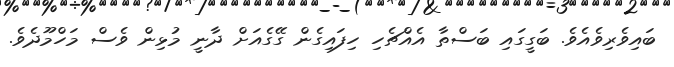
ބައިވެރިވެއެވެ. ބަގީގައި ބަސްތާ އެއްޗެހި ހިފައިގެން ގޭގެއަށް ދާނީ މުޅިން ވެސް މަހްމޫދެވެ.